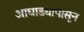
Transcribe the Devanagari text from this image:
आघाड्यापासून